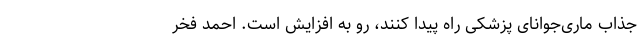
جذاب ماری‌جوانای پزشکی راه پیدا کنند، رو به افزایش است. احمد فخر